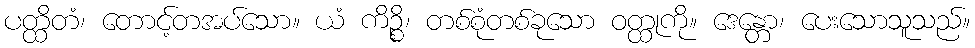
ပတ္ထိတံ၊ တောင့်တအပ်သော။ ယံ ကိဉ္စိ၊ တစ်စုံတစ်ခုသော ဝတ္ထုကို။ ဒေန္တော၊ ပေးသောသူသည်။